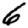
Digit: 6